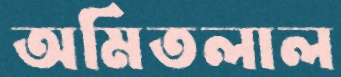
অমিতলাল